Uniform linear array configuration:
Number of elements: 8
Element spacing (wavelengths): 0.25
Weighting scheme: hann
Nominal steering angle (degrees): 60
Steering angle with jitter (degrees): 61.692
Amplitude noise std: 0.05
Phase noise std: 0.05

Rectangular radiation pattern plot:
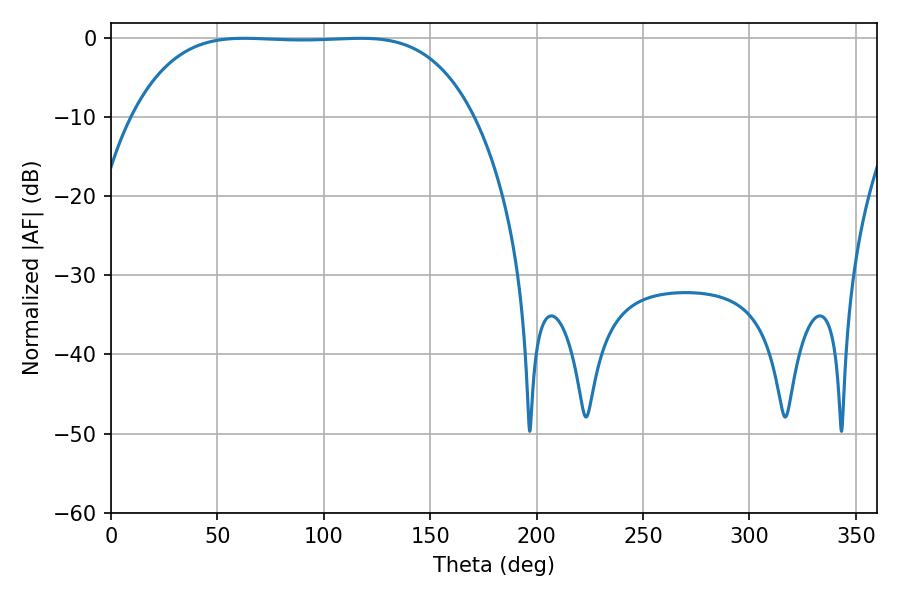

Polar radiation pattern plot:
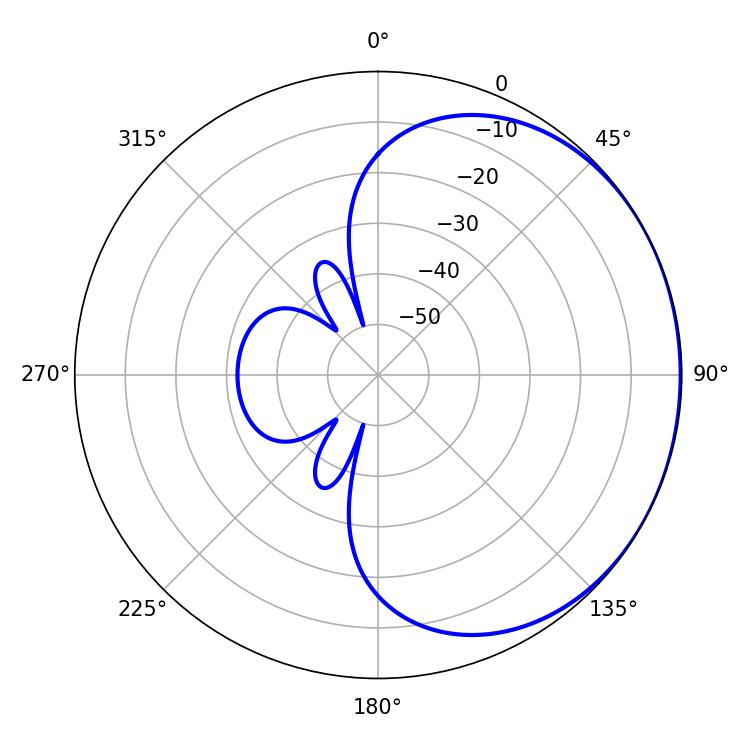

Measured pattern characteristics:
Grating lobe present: FALSE
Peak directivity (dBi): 0.7258
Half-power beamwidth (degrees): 123.84
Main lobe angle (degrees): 62.64